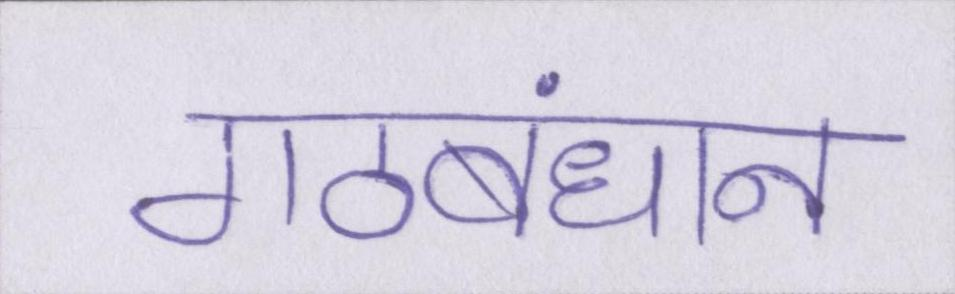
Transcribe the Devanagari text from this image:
गठबंधान